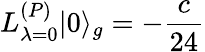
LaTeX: L_{\lambda=0}^{(P)}|0\rangle_{g}=-\frac{c}{24}